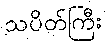
သပိတ်ကြီး